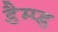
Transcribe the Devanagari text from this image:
डैम्प्ड